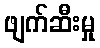
ဖျက်ဆီးမှု